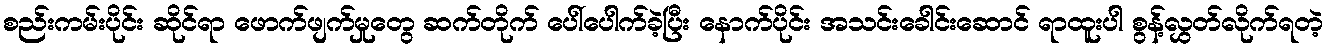
စည်းကမ်းပိုင်း ဆိုင်ရာ ဖောက်ဖျက်မှုတွေ ဆက်တိုက် ပေါ်ပေါက်ခဲ့ပြီး နောက်ပိုင်း အသင်းခေါင်းဆောင် ရာထူးပါ စွန့်လွှတ်လိုက်ရတဲ့